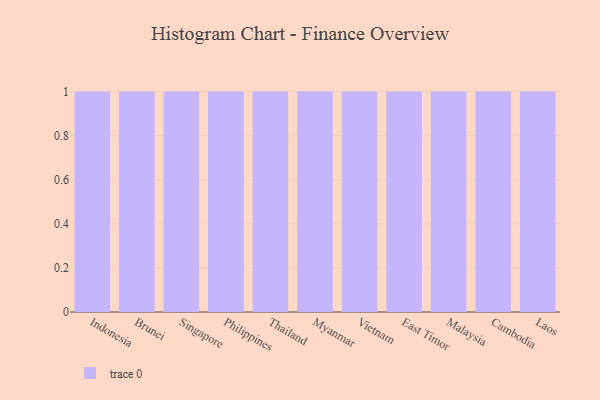
{"axis": {"x": "Country", "y": "Revenue (USD Million)"}, "legend": [""], "data": [{"x": "Indonesia", "y": 2, "type": ""}, {"x": "Brunei", "y": 13, "type": ""}, {"x": "Singapore", "y": 65, "type": ""}, {"x": "Philippines", "y": 21, "type": ""}, {"x": "Thailand", "y": 53, "type": ""}, {"x": "Myanmar", "y": 74, "type": ""}, {"x": "Vietnam", "y": 80, "type": ""}, {"x": "East Timor", "y": 11, "type": ""}, {"x": "Malaysia", "y": 43, "type": ""}, {"x": "Cambodia", "y": 44, "type": ""}, {"x": "Laos", "y": 3, "type": ""}]}